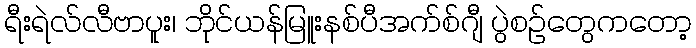
ရီးရဲလ်လီဗာပူး၊ ဘိုင်ယန်မြူးနစ်ပီအက်စ်ဂျီ ပွဲစဉ်တွေကတော့